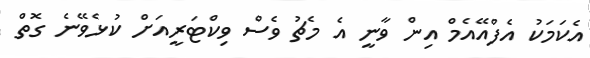
އެކަމަކު އެފްއޭއެމް އިން ވާނީ އެ މެޗު ވެސް ވިކްޓަރީއަށް ކުޅެވޭނެ ގޮތް